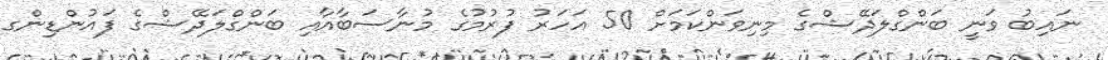
ނައިބު ވަނީ ބަންގްލަދޭޝްގެ މިނިވަންކަމަށް 50 އަހަރު ފުރުމުގެ މުނާސަބާއާއި ބަންގްލަދޭޝްގެ ފައުންޑިންގ